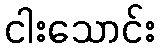
ငါးသောင်း